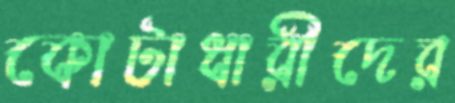
কোটাধারীদের